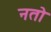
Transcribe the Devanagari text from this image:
नतो